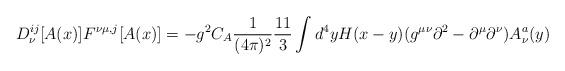
LaTeX: \begin{align*}D_{\nu}^{ij}[A(x)]F^{\nu\mu,j}[A(x)]=-g^2C_A\frac 1{(4\pi )^2}\frac {11}{3}\int d^4y H(x-y)(g^{\mu\nu}\partial ^2-\partial ^{\mu}\partial ^{\nu})A_{\nu}^a(y)\end{align*}